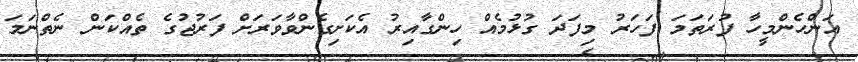
އަންހެންމީހާ ފުރަތަމަ ފަހަރު މިފަދަ ގުޅުމެއް ހިންގާއިރު އެކަށިގެންވާވަރަށް ފަރުޖުގެ ތެއްކަން ނެތްނަމަ